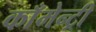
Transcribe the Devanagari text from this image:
काँमेन्ट्री